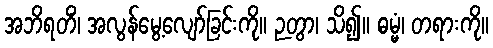
အဘိရတိံ၊ အလွန်မွေ့လျော်ခြင်းကို။ ဉတွာ၊ သိ၍။ ဓမ္မံ၊ တရားကို။